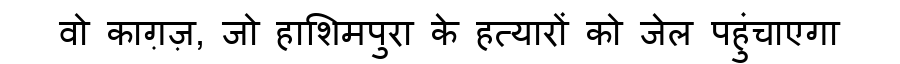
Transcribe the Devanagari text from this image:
वो काग़ज़, जो हाशिमपुरा के हत्यारों को जेल पहुंचाएगा